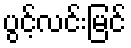
ပွင့်လင်းမြင်